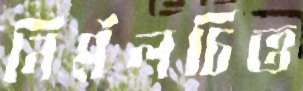
নির্মলচিত্ত